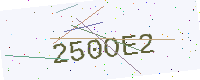
Text: 250OE2